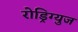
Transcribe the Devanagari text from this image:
रोड्रिग्युज